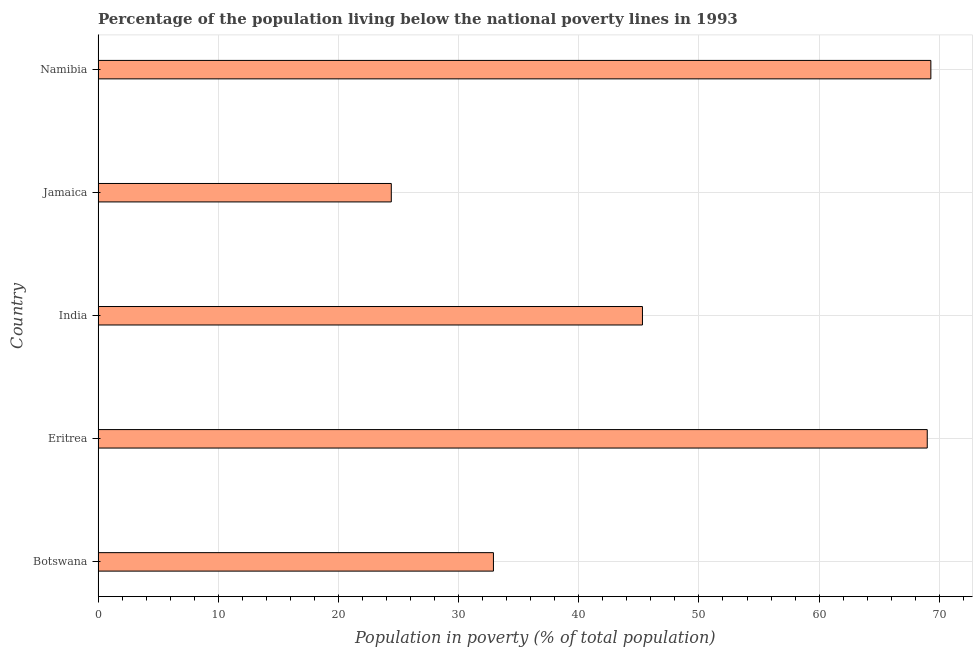
| Country | Poverty headcount ratio |
 | --- | --- |
 | Botswana | 32.9 |
 | Eritrea | 69 |
 | India | 45.3 |
 | Jamaica | 24.4 |
 | Namibia | 69.3 |